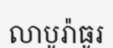
លាបូរ៉ាធូរ